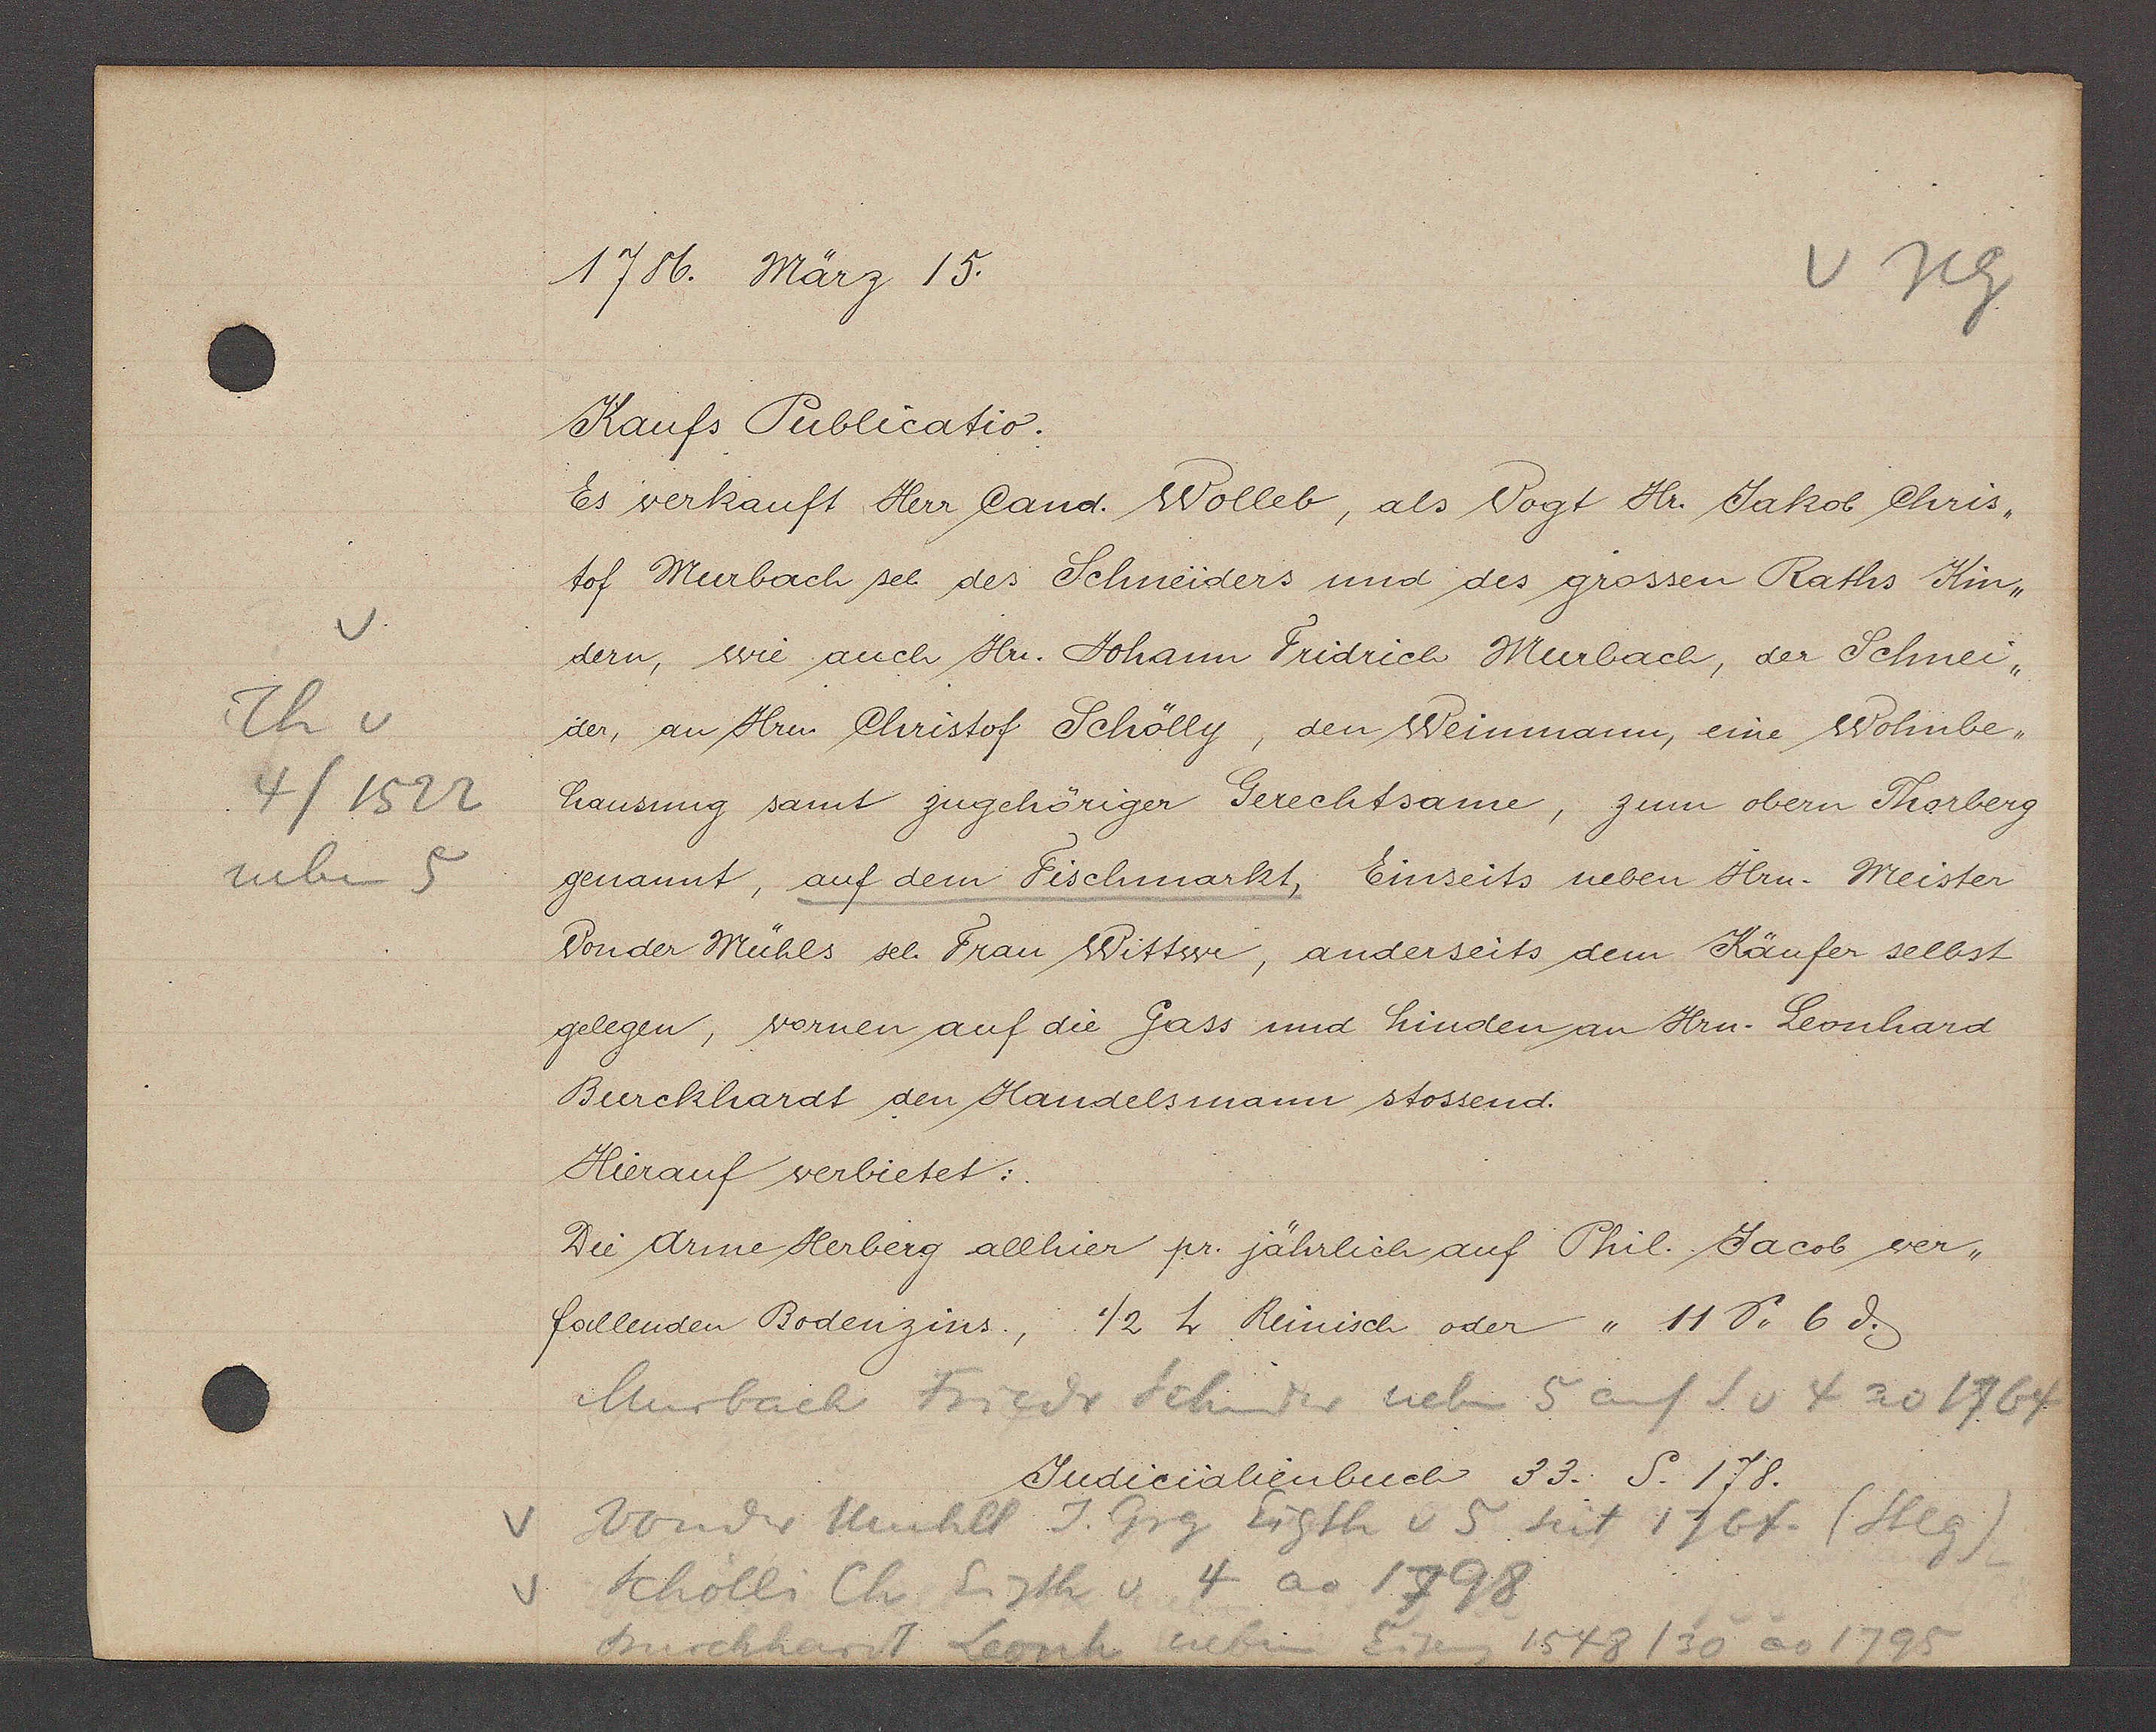
Transcript:
v
Th v
4/1522
neben 5

1786. März 15.

Kaufs Publicatio.
Es verkauft Herr Cand. Wolleb, als Vogt Hr. Jakob Chiris¬
tof Murbach sel. des Schneiders und des grossen Raths Kin-
dern, wie auch Hr. Johann Fridrich Murbach, der Schnei¬
der, an Hrn. Christof Schölly, den Weinmann, eine Wohnbe¬
hausung samt zugehöriger Gerechtsame, zum obern Thorberg
genannt, auf dem Fischmarkt, Einseits neben Hrn. Meister
vonder Mühls sel. Frau Wittwe, anderseits dem Käufer selbst
gelegen, vornen auf die Gass und hinden an Hru. Leonhard
Burckhardt den Handelsmann stossend.
Hierauf verbietet:
Di drine Herberg allhier pr. jährlich auf Phil. Jacob ver¬
follenden Bodenzins, 1/2 h Reinisch oder ,, 11 s. 6 ȡ.

Judicialienbuch 33. S. 178.

Murbach Friedr Schnider neben 5 auf S v 4 ao 1764
vonder Muhll J. Grg Eigth v 5 seit 1764. (steg)
Scholli Ch Eigth v 4 ao 1798
Burckhart Leonh neben Eiseng
1548/30 a0 1795